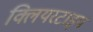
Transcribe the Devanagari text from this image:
क्लियरटाइप